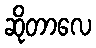
ဆိုတာလေ